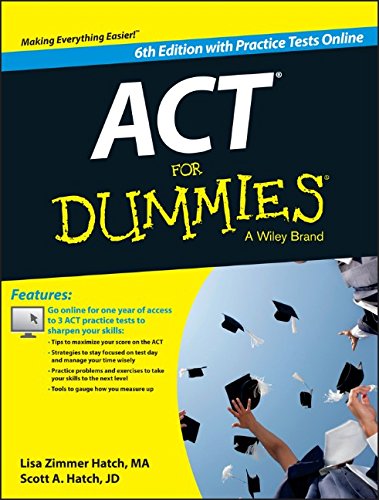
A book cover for ACT For Dummies, with Online Practice Tests; Lisa Zimmer Hatch; Test Preparation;